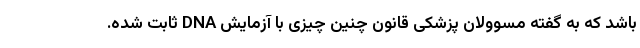
باشد که به گفته مسوولان پزشکی قانون چنین چیزی با آزمایش DNA ثابت شده.